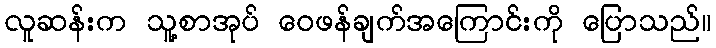
လူဆန်းက သူ့စာအုပ် ဝေဖန်ချက်အကြောင်းကို ပြောသည်။